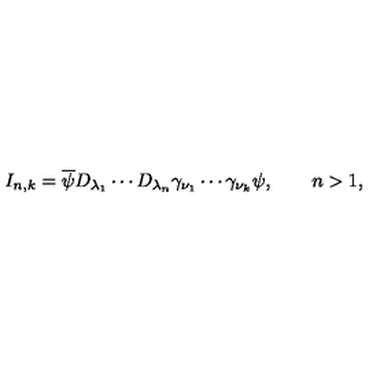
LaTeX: I _ { n , k } = \overline { { \psi } } D _ { \lambda _ { 1 } } \cdots D _ { \lambda _ { n } } \gamma _ { \nu _ { 1 } } \cdots \gamma _ { \nu _ { k } } \psi , \qquad n > 1 ,